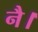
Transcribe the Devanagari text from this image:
नै।